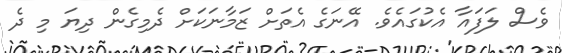
ވެސް ލަފައާ އެކުގައެވެ. އޭނަގެ އެތަށް ޒަމާނަކަށް ދެމިގެން ދިޔަ މި ދެ